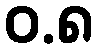
ဝ.၈